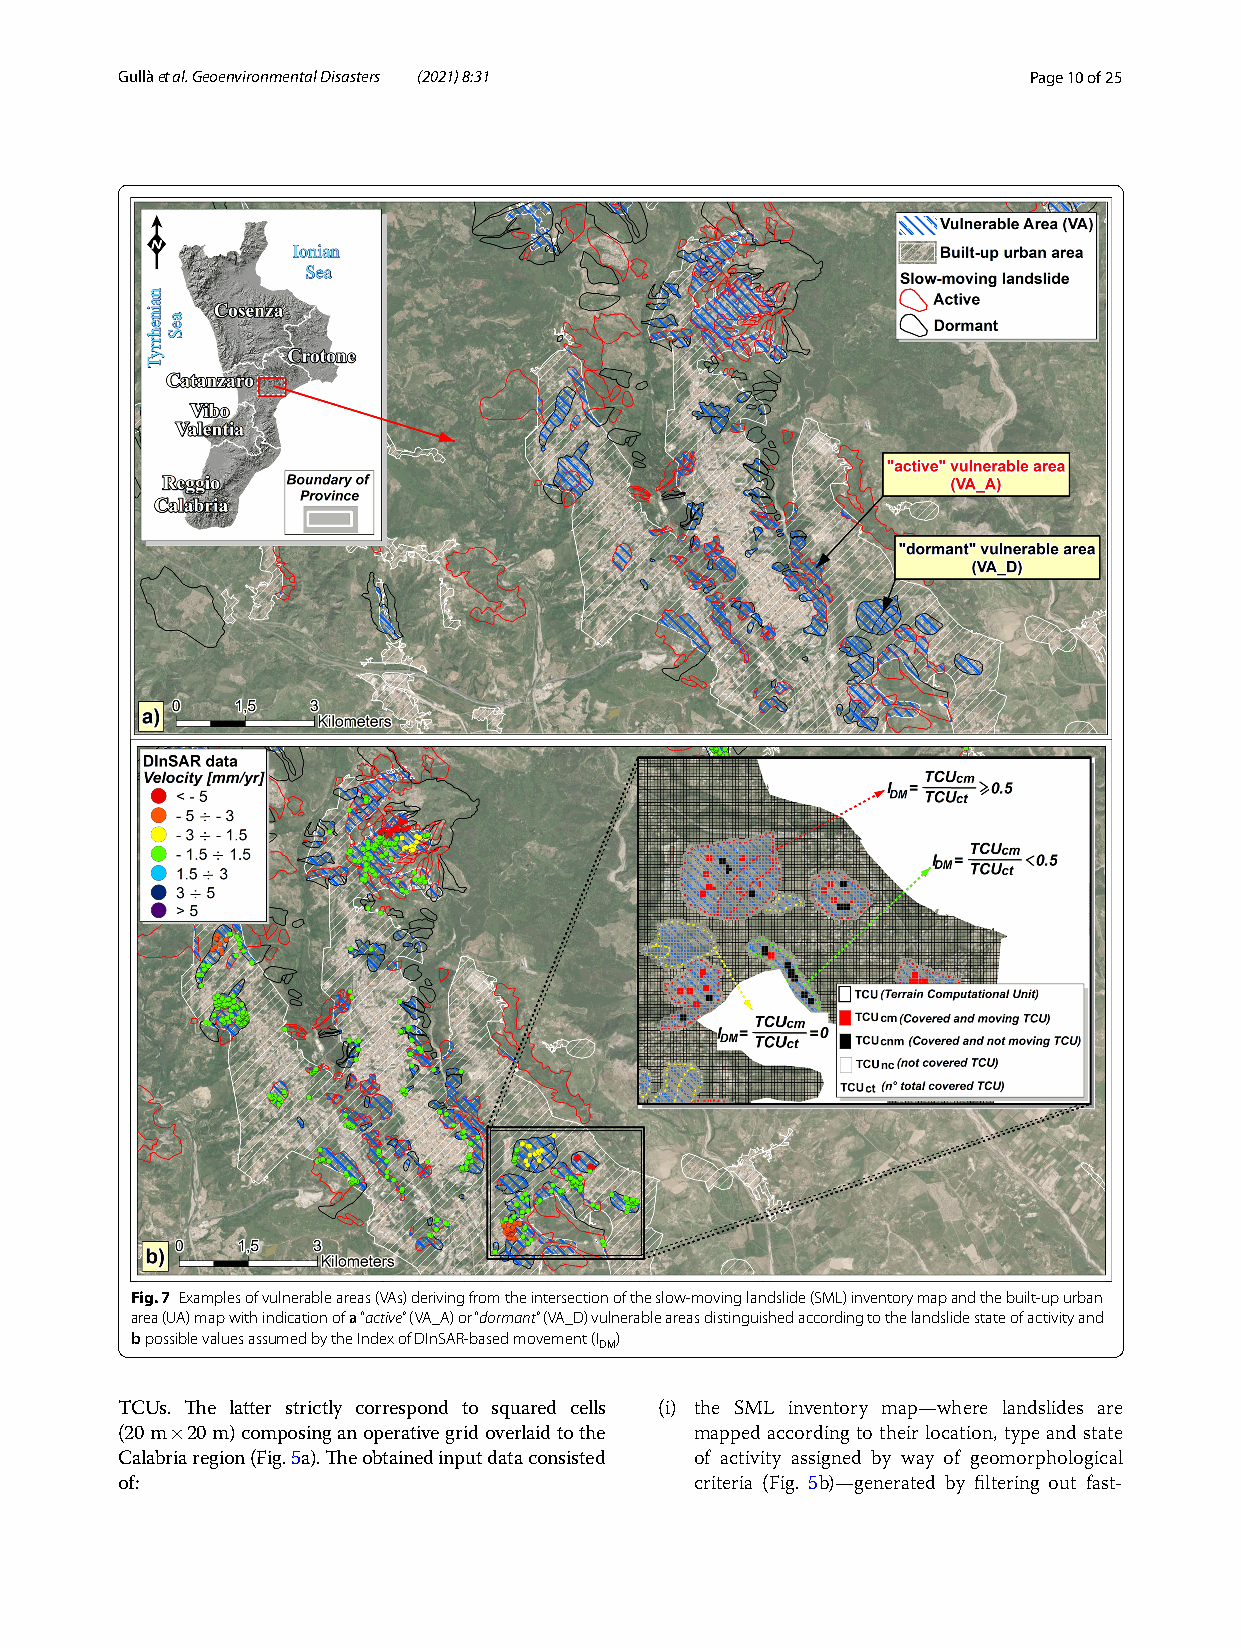
Gullà et al. Geoenvironmental Disasters (2021) 8:31         Page 10 of 25
 Fig. 7 Examples of vulnerable areas (VAs) deriving from the intersection of the slow-moving landslide (SML) inventory map and the built-up urban
 area (UA) map with indication of a “active” (VA_A) or “dormant” (VA_D) vulnerable areas distinguished according to the landslide state of activity and
 b possible values assumed by the Index of DInSAR-based movement ( I )
 DM
 TCUs. The latter strictly correspond to squared cells (i) the SML inventory map—where landslides are
 (20 m 20 m) composing an operative grid overlaid to the mapped according to their location, type and state
 ×
 Calabria region (Fig. 5a). The obtained input data consisted of activity assigned by way of geomorphological
 of:                                   criteria (Fig. 5b)—generated by filtering out fast-